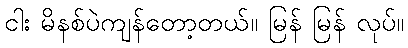
ငါး မိနစ်ပဲကျန်တော့တယ်။ မြန် မြန် လုပ်။